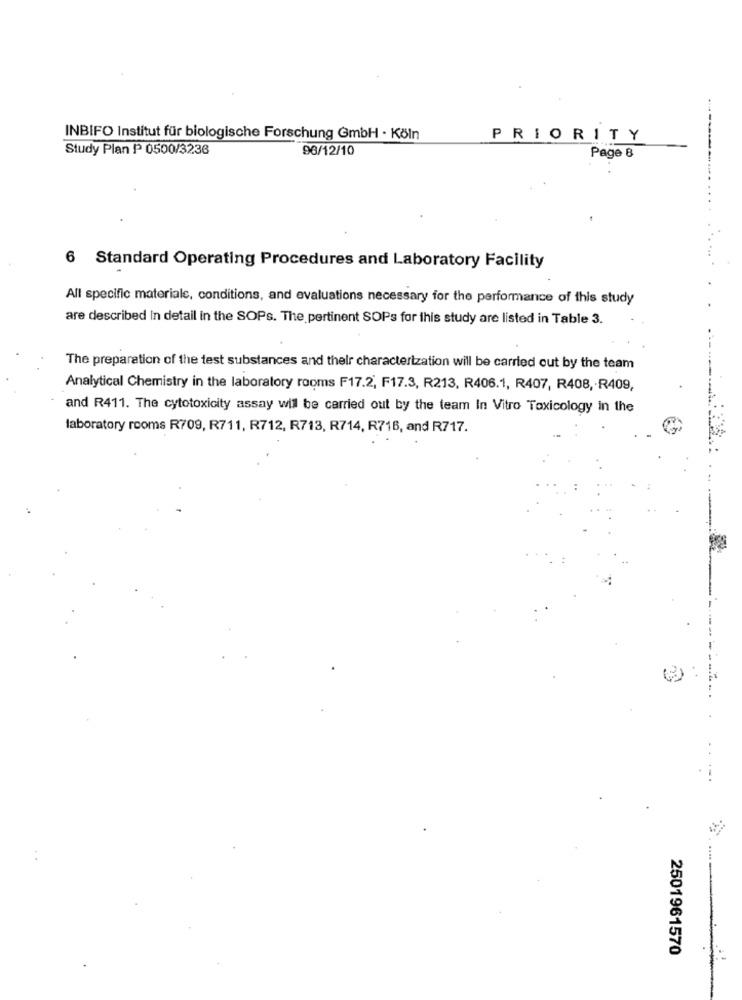
-----
INBIFO Institut für biologische Forschung GmbH - Köln
PRIORITY
Study Plan ₱ 0500/3236
96/12/10
Page 8
6 Standard Operating Procedures and Laboratory Facility
All specific materiale, conditions, and evaluations necessary for the performance of this study
are described In detail in the SOPs. The pertinent SOPs for this study are listed in Table 3.
The preparation of the test substances and thelr characterization will be carried out by the team
Analytical Chemistry in the laboratory rooms F17.2, F17.3, R213, R406.1, R407, R408, R409,
and R411. The cytotoxicity assay will be carried out by the team In Vitro Toxicology in the
laboratory rooms R709, R711, R712, R713, R714, R716, and R717.
2501961570